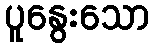
ပူနွေးသော